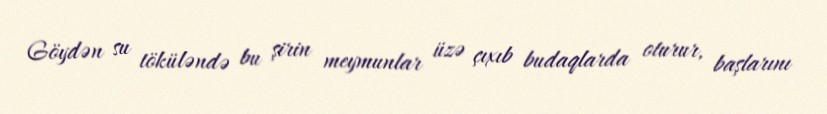
Göydən su töküləndə bu şirin meymunlar üzə çıxıb budaqlarda oturur, başlarını